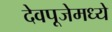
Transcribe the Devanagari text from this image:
देवपूजेमध्ये